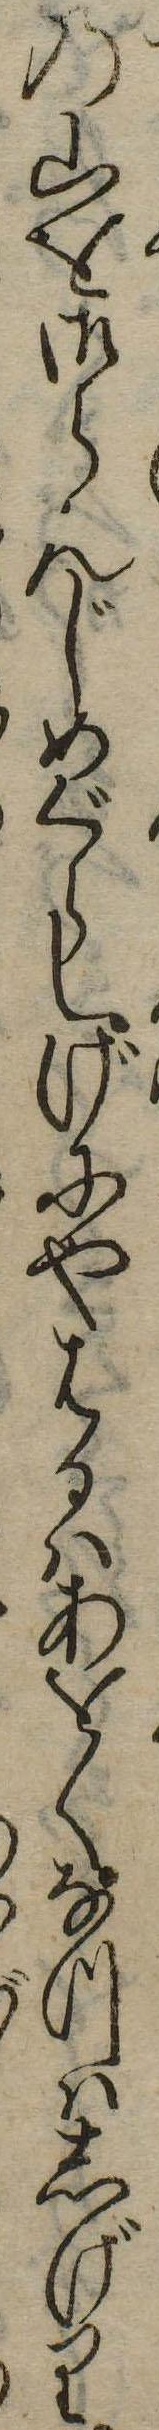
の山を御らんじめぐらしげにやはるはあをくなつはしげり